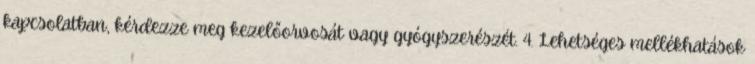
kapcsolatban, kérdezze meg kezelőorvosát vagy gyógyszerészét. 4. Lehetséges mellékhatások